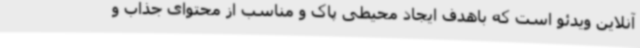
آنلاین ویدئو است که باهدف ایجاد محیطی پاک و مناسب از محتوای جذاب و